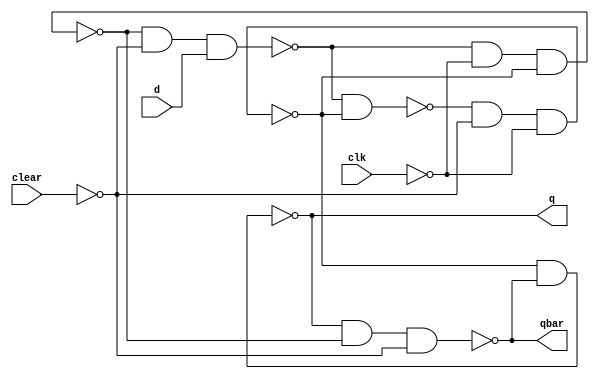
`timescale 1ns / 1ps
//////////////////////////////////////////////////////////////////////////////////
// Company: 
// Engineer: 
// 
// Design Name: 
// Module Name: edge_dff
// Project Name: 
// Target Devices: 
// Tool Versions: 
// Description: 
// 
// Dependencies: 
// 
// Revision:
// Revision 0.01 - File Created
// Additional Comments:
// 
//////////////////////////////////////////////////////////////////////////////////

// D
module edge_dff(output q,qbar, input d,clk,clear);

// 
wire s, sbar, r, rbar, cbar;


// 
// clear
assign cbar = ~clear;

// ; ,SR
assign sbar = ~(rbar & s),
       s = ~(sbar & cbar & ~clk),
       r = ~(rbar & ~clk & s),
       rbar = ~(r & cbar & d);

// 
assign q = ~(s & qbar),
       qbar = ~(q & r & cbar);
       
endmodule